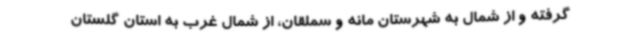
گرفته و از شمال به شهرستان مانه و سملقان، از شمال غرب به استان گلستان